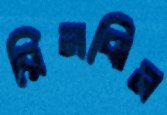
রিনঝিন